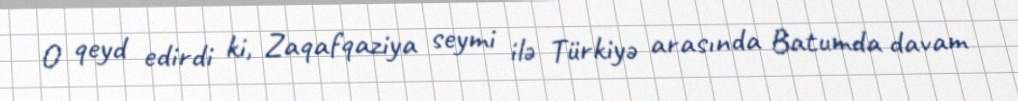
O qeyd edirdi ki, Zaqafqaziya seymi ilə Türkiyə arasında Batumda davam